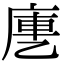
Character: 㐣